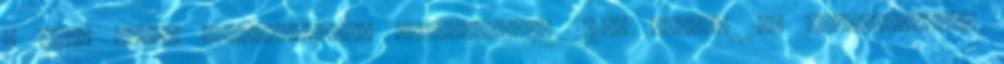
a fiúk pedig betonelemeket gyárthatnak. 2016. június 15. Aktualitások,